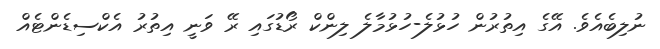
ނުލިބެއެވެ. އޭގެ އިތުރުން ހުޅުލެ-ހުޅުމާލެ ލިންކް ރޯޑުގައި ރޭ ވަނީ އިތުރު އެކްސިޑެންޓެއް